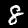
Digit: 8